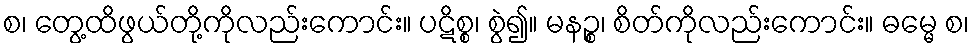
စ၊ တွေ့ထိဖွယ်တို့ကိုလည်းကောင်း။ ပဋိစ္စ၊ စွဲ၍။ မနဉ္စ၊ စိတ်ကိုလည်းကောင်း။ ဓမ္မေ စ၊